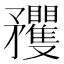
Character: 矡